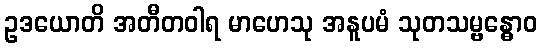
ဥဒယောတိ အတီတဝါရ မာဟေသု အနူပမံ သုတသမ္ဗန္ဓောဝ